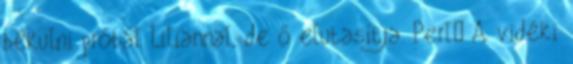
békülni próbál Liliannal, de ő elutasítja. Perl� A vidéki